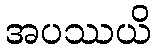
အပဿယိ